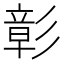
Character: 彰